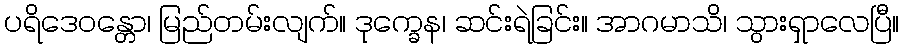
ပရိဒေဝန္တော၊ မြည်တမ်းလျက်။ ဒုက္ခေန၊ ဆင်းရဲခြင်း။ အာဂမာသိ၊ သွားရှာလေပြီ။